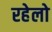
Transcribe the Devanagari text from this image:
रहेलो